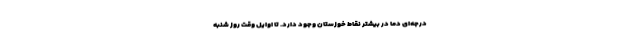
درجه‌ای دما در بیشتر نقاط خوزستان وجود دارد. تا اوایل وقت روز شنبه